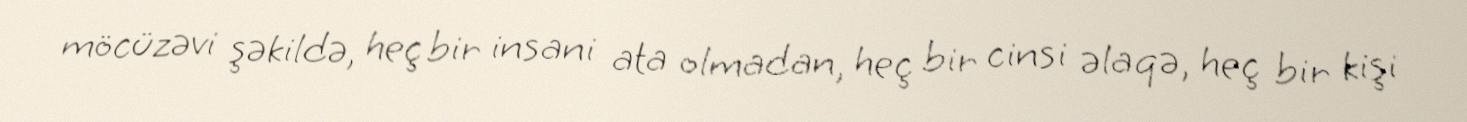
möcüzəvi şəkildə, heç bir insani ata olmadan, heç bir cinsi əlaqə, heç bir kişi